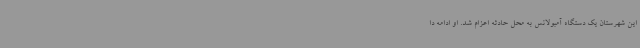
این شهرستان یک دستگاه آمبولانس به محل حادثه اعزام شد. او ادامه دا